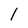
Character: 1